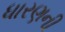
ધારણની